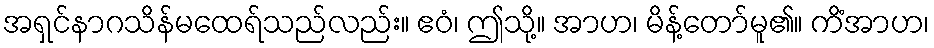
အရှင်နာဂသိန်မထေရ်သည်လည်း။ ဧဝံ၊ ဤသို့။ အာဟ၊ မိန့်တော်မူ၏။ ကိံအာဟ၊